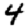
Digit: 4